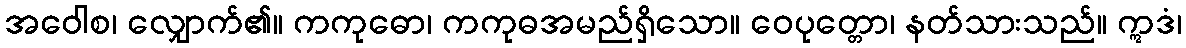
အဝေါစ၊ လျှောက်၏။ ကကုဓော၊ ကကုဓအမည်ရှိသော။ ဝေပုတ္တော၊ နတ်သားသည်။ ဣဒံ၊